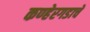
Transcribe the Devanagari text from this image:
कण्हेरगडाचे